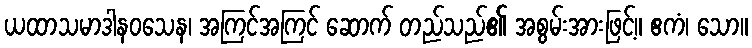
ယထာသမာဒါနဝသေန၊ အကြင်အကြင် ဆောက် တည်သည်၏ အစွမ်းအားဖြင့်။ ဧကံ၊ သော။